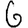
Digit: 6